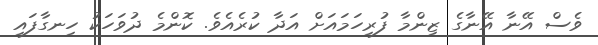
ވެސް އޭނާ އޭނާގެ ޒިންމާ ފުރިހަމައަށް އަދާ ކުރެއެވެ. ކޮންމެ ދުވަހަކު ހިނގާފައި